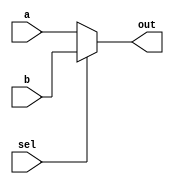
//----------scale_mux.v------------
// 2-TO-1 N-BIT WIDE SCALABLE MUX

module scale_mux (out, sel, a, b);

parameter size=1;

output [size-1:0] out;
input [size-1:0] a,b;
input sel;

assign out = (!sel)? a:
						(sel)? b:
								{size{1'bx}};

endmodule